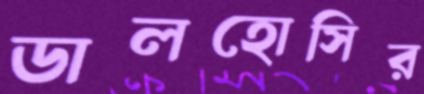
ডালহোসির